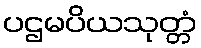
ပဌမပိယသုတ္တံ